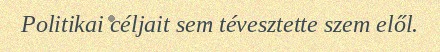
Politikai céljait sem tévesztette szem elől.